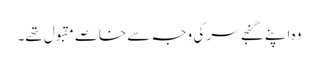
وہ اپنے گنجے سر کی وجہ سے خاصے مقبول تھے۔